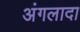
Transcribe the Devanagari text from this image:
अंगलादा